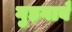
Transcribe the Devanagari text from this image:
गुड़गावँ